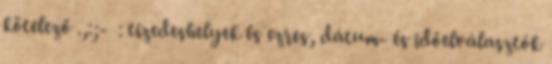
kötelező .,:;- : tizedeshelyek és ezres, dátum- és időelválasztók